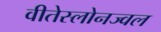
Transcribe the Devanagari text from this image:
वीतेस्लोनज्वल